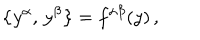
\bigl \{ y ^ { \alpha } , \, y ^ { \beta } \bigr \} = f ^ { \alpha \beta } ( y ) \, ,